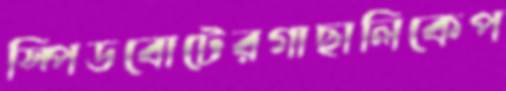
স্পিডবোটেরগাছালিকেপ